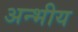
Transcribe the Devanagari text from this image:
अन्भीय